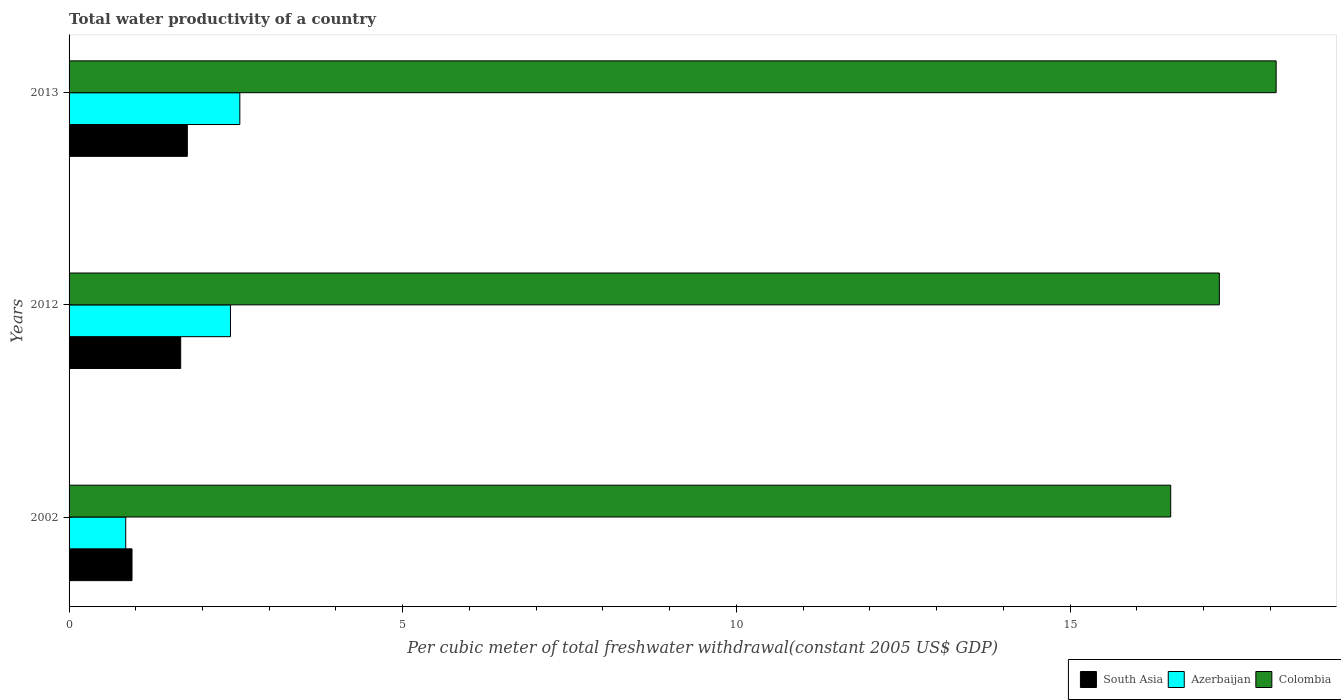
| Years | South Asia | Azerbaijan | Colombia |
 | --- | --- | --- | --- |
 | 2002 | 0.943 | 0.849 | 16.5 |
 | 2012 | 1.67 | 2.42 | 17.2 |
 | 2013 | 1.77 | 2.56 | 18.1 |